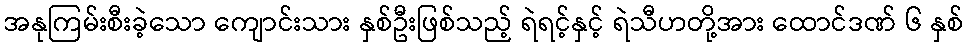
အနုကြမ်းစီးခဲ့သော ကျောင်းသား နှစ်ဦးဖြစ်သည့် ရဲရင့်နှင့် ရဲသီဟတို့အား ထောင်ဒဏ် ၆ နှစ်